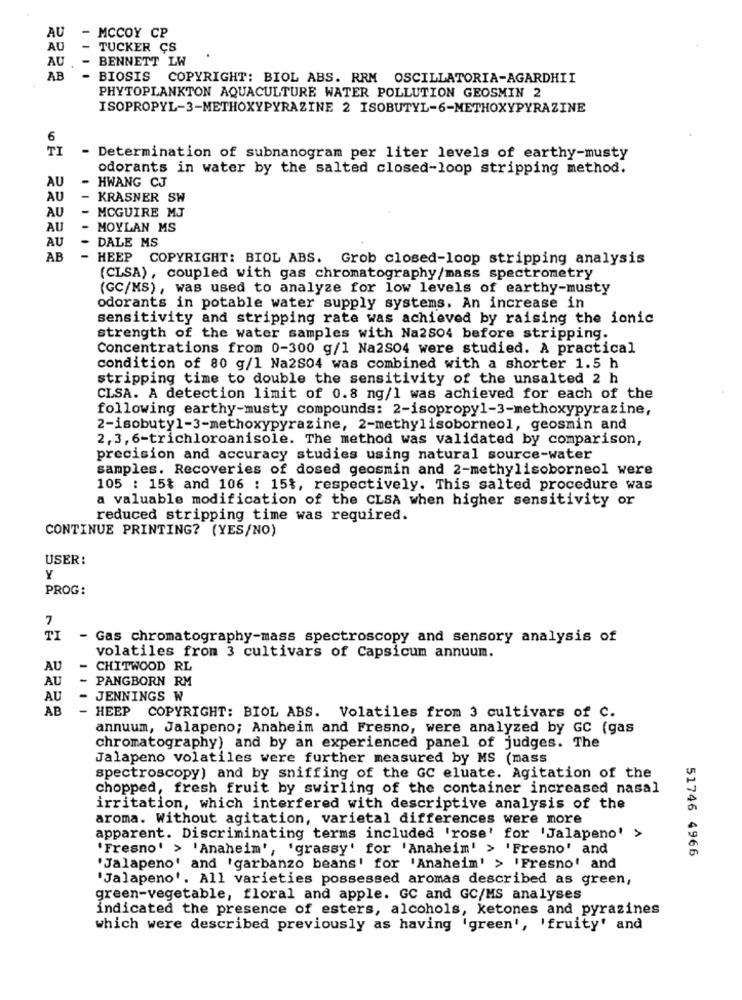
AU
- MCCOY CP
AU
- TUCKER CS
AU
BENNETT LW
AB
- BIOSIS COPYRIGHT: BIOL ABS. RRM OSCILLATORIA-AGARDHII
PHYTOPLANKTON AQUACULTURE WATER POLLUTION GEOSMIN 2
ISOPROPYL-3-METHOXYPYRAZINE 2 ISOBUTYL-6-METHOXYPYRAZINE
6
TI
- Determination of subnanogram per liter levels of earthy-musty
odorants in water by the salted closed-loop stripping method.
AU
- HWANG CJ
AU
-
KRASNER SW
AU
-
MCGUIRE MJ
AU
-
MOYLAN MS
AU
DALE MS
AB
-
HEEP COPYRIGHT: BIOL ABS. Grob closed-loop stripping analysis
(CLSA), coupled with gas chromatography/mass spectrometry
(GC/MS), was used to analyze for low levels of earthy-musty
odorants in potable water supply systems. An increase in
sensitivity and stripping rate was achieved by raising the ionic
strength of the water samples with Na2so4 before stripping.
Concentrations from 0-300 g/1 Na2SO4 were studied. A practical
condition of 80 g/1 Na2S04 was combined with a shorter 1.5 h
stripping time to double the sensitivity of the unsalted 2 h
CLSA. A detection limit of 0.8 ng/1 was achieved for each of the
following earthy-musty compounds: 2-isopropyl-3-methoxypyrazine,
2-isobutyl-3-methoxypyrazine, 2-methylisoborneol, geosmin and
2, 3, 6-trichloroanisole. The method was validated by comparison,
precision and accuracy studies using natural source-water
samples. Recoveries of dosed geosmin and 2-methylisoborneol were
105 : 15% and 106 : 15%, respectively. This salted procedure was
a valuable modification of the CLSA when higher sensitivity or
reduced stripping time was required.
CONTINUE PRINTING? (YES/NO)
USER!
Y
PROG:
7
TI
Gas chromatography-mass spectroscopy and sensory analysis of
volatiles from 3 cultivars of Capsicum annuum.
AU
- CHITWOOD RL
AU
- PANGBORN RM
AU
- JENNINGS W
AB
- HEEP COPYRIGHT: BIOL ABS. Volatiles from 3 cultivars of C.
annuum, Jalapeno; Anaheim and Fresno, were analyzed by GC (gas
chromatography) and by an experienced panel of judges. The
Jalapeno volatiles were further measured by MS (mass
spectroscopy) and by sniffing of the GC eluate. Agitation of the
chopped, fresh fruit by swirling of the container increased nasal
irritation, which interfered with descriptive analysis of the
aroma. Without agitation, varietal differences were more
apparent. Discriminating terms included 'rose' for 'Jalapeno' >
'Fresno' > 'Anaheim', 'grassy' for 'Anaheim' > 'Fresno' and
51746 4966
'Jalapeno' and 'garbanzo beans' for 'Anaheim' > 'Fresno' and
'Jalapeno'. All varieties possessed aromas described as green,
green-vegetable, floral and apple. GC and GC/MS analyses
indicated the presence of esters, alcohols, ketones and pyrazines
which were described previously as having 'green', 'fruity' and